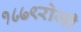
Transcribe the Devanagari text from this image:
१८७९रोजी